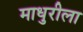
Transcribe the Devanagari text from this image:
माधुरीला